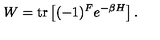
W = \mathrm { t r } \left[ ( - 1 ) ^ { F } e ^ { - \beta H } \right] .